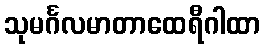
သုမင်္ဂလမာတာထေရီဂါထာ